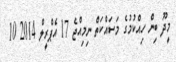
މީދޫ ބިން ހިއްކުމުގެ މަސައްކަތް ނިމިއްޖެ 17 އެޕްރީލް 2014 10